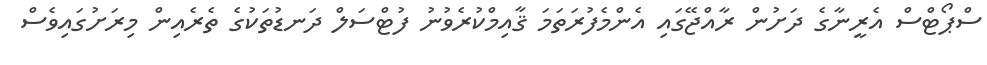
ސްޕޯޓްސް އެރީނާގެ ދަށުން ރާއްޖޭގައި އެންމެފުރަތަމަ ޤާއިމްކުރެވުނު ފުޓްސަލް ދަނޑުތަކުގެ ތެރެއިން މިރަށުގައިވެސް